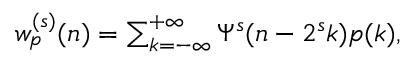
\begin{array} { r } { w _ { p } ^ { ( s ) } ( n ) = \sum _ { k = - \infty } ^ { + \infty } { \Psi ^ { s } ( n - 2 ^ { s } k ) p ( k ) } , } \end{array}